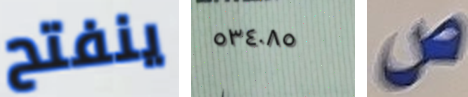
ينفتح ٥٣٤٠٨٥ ص